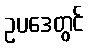
ဥပဒေတွင်